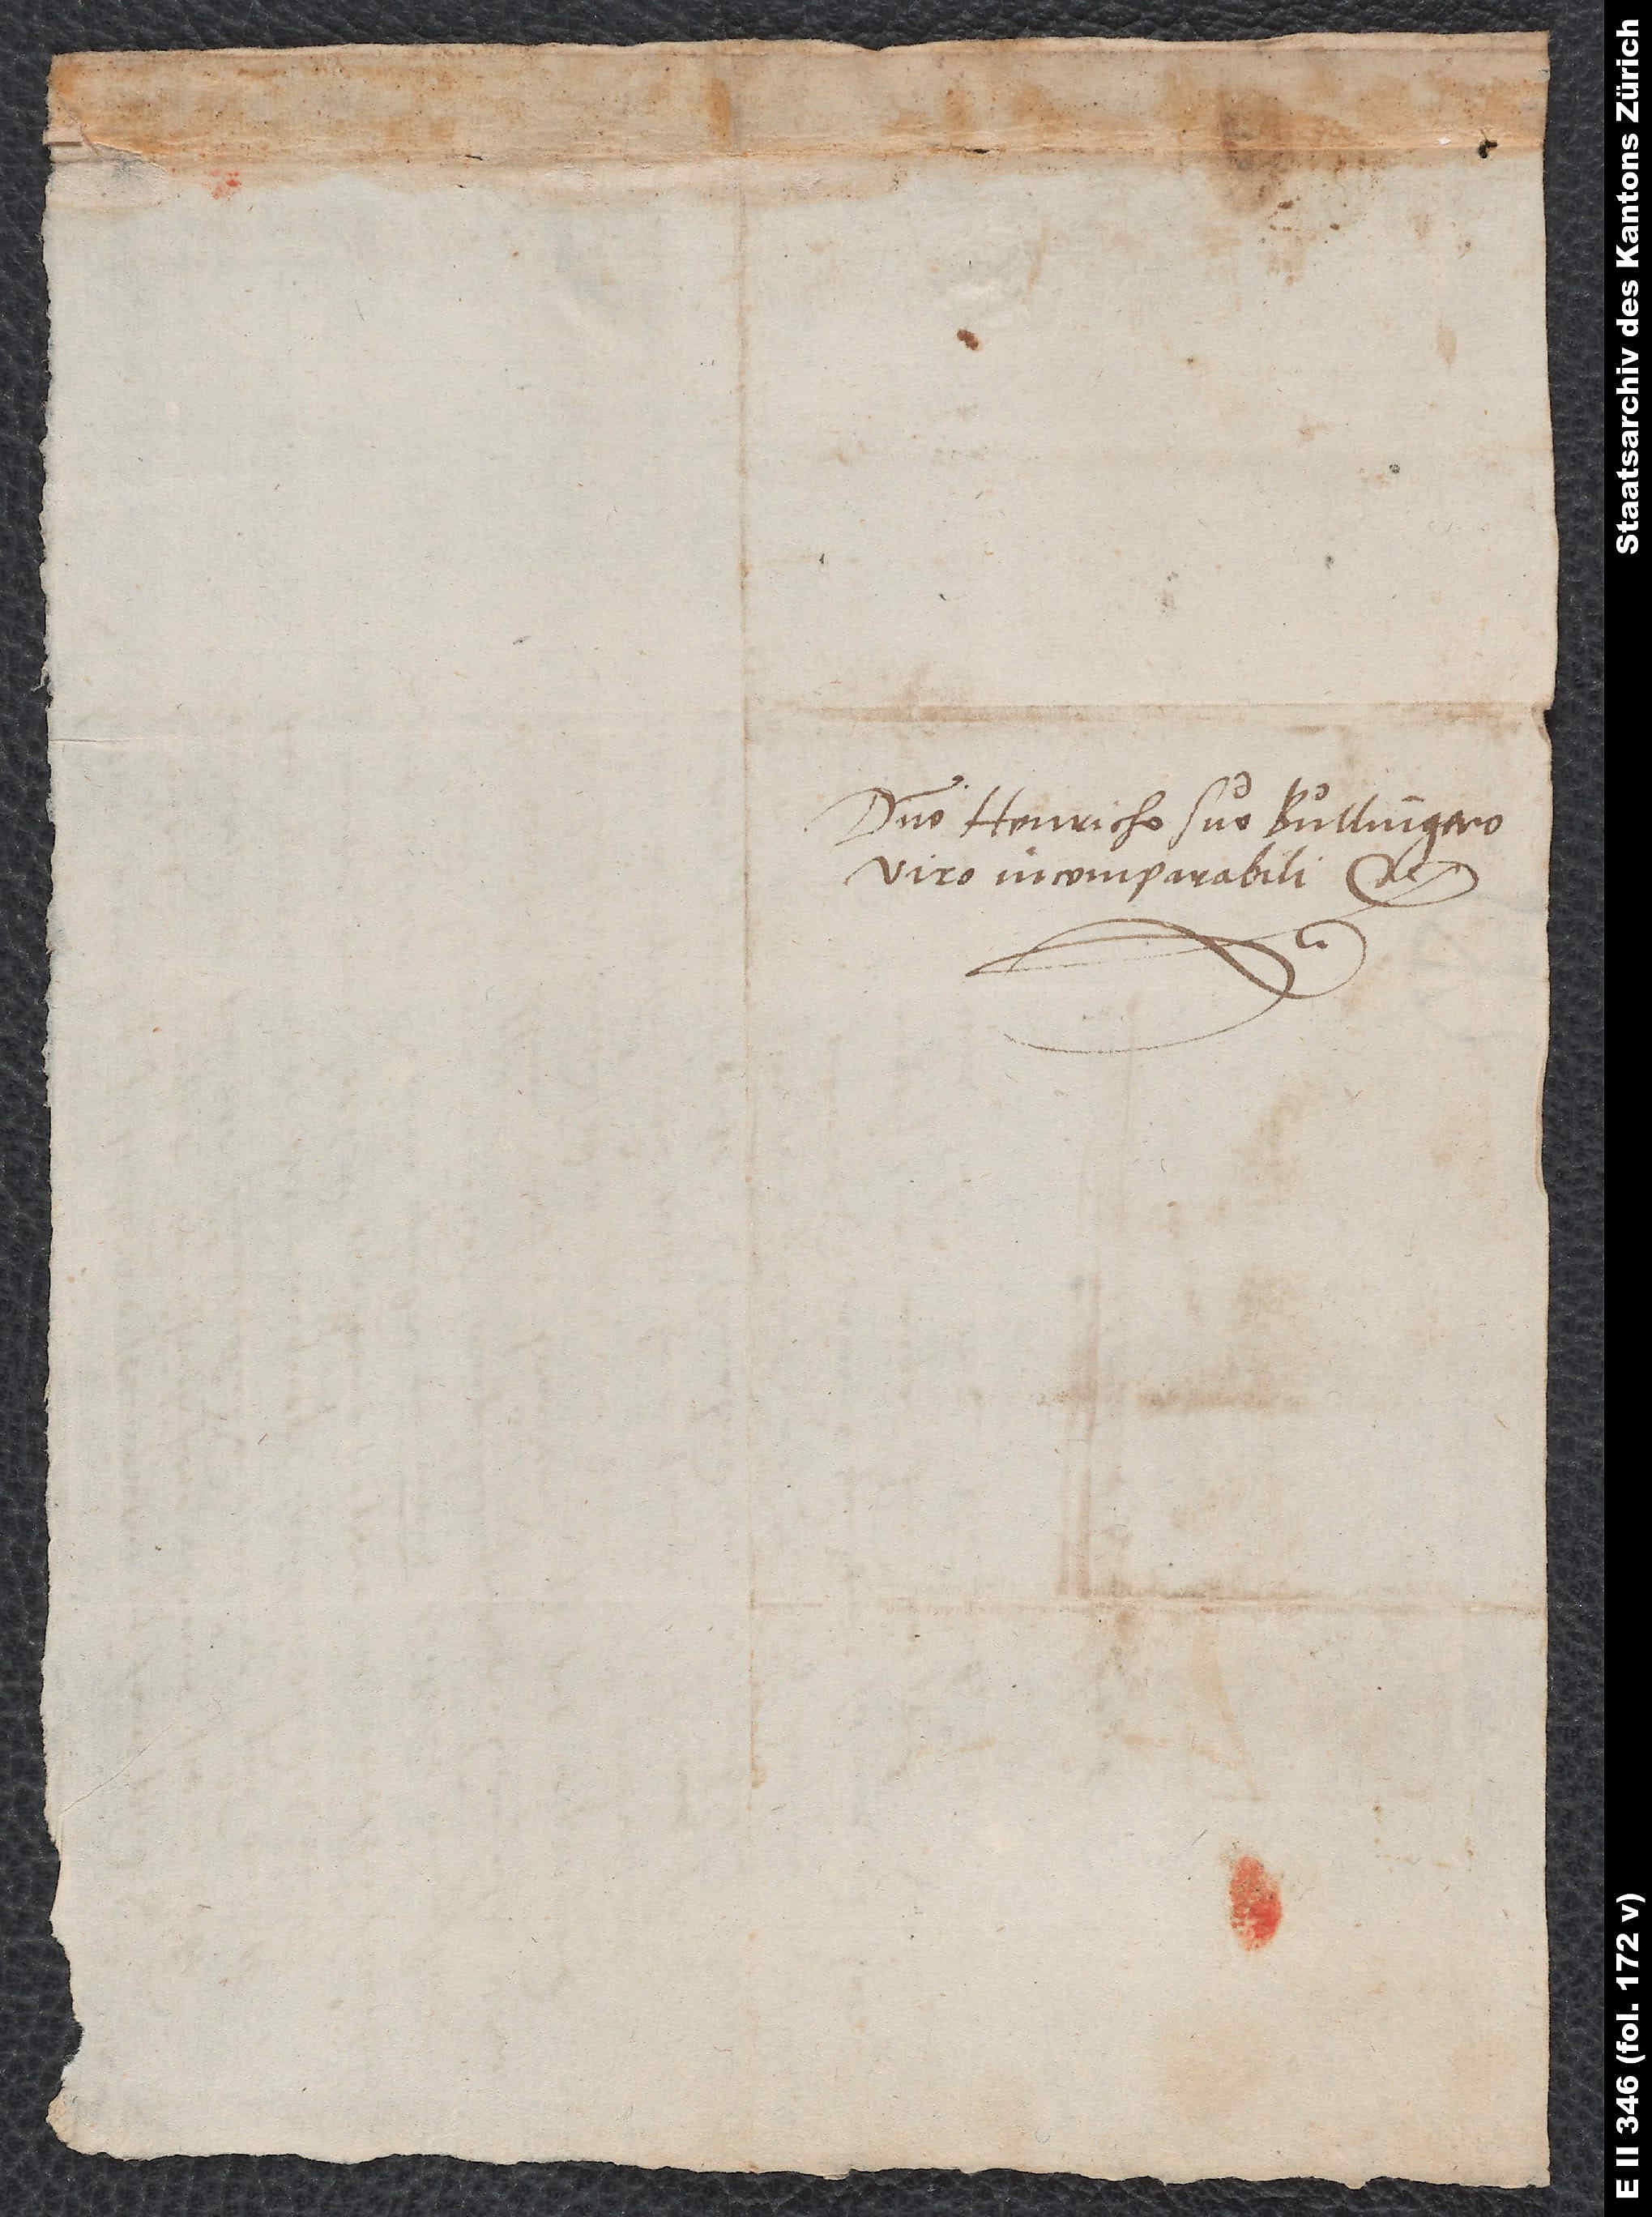
Domino Henricho suo Bullingero,
viro incomparabili, etc.